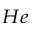
_ { H e }